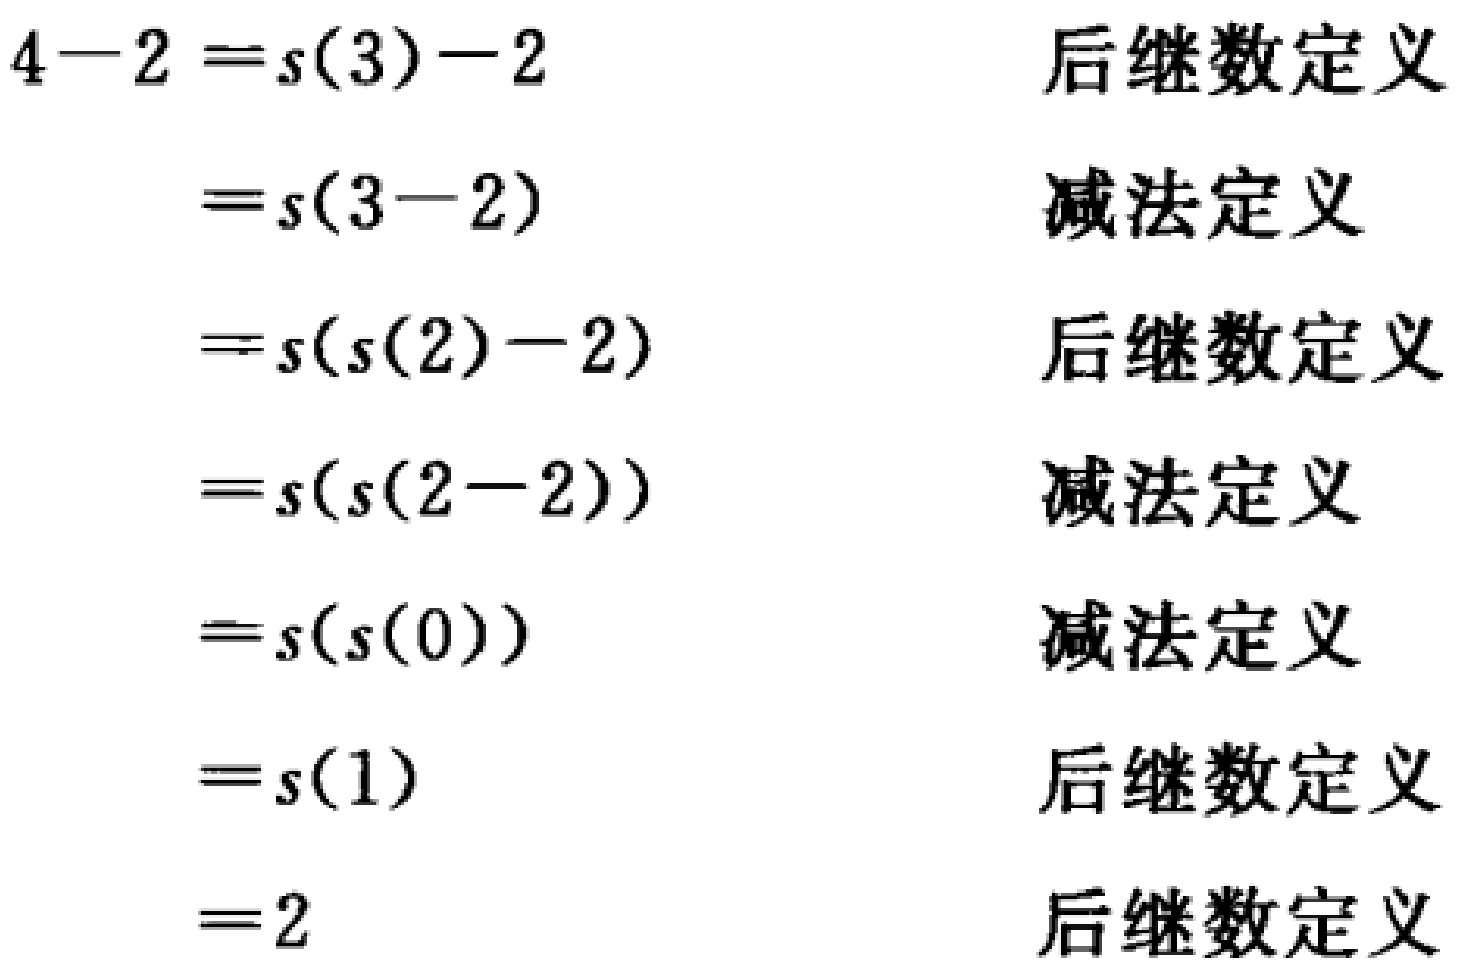
\[
\begin{align*}
4 - 2&=s(3)-2&后继数定义\\
&=s(3 - 2)&减法定义\\
&=s(s(2)-2)&后继数定义\\
&=s(s(2 - 2))&减法定义\\
&=s(s(0))&减法定义\\
&=s(1)&后继数定义\\
&=2&后继数定义
\end{align*}
\]